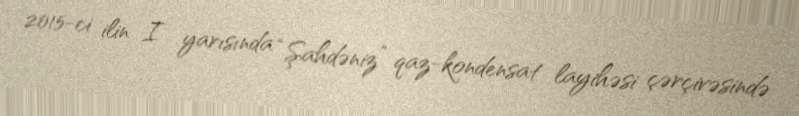
2015-ci ilin I yarısında “Şahdəniz” qaz-kondensat layihəsi çərçivəsində